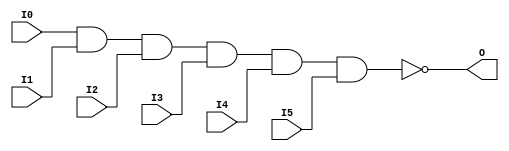

/*

FUNCTION	: 6-INPUT NAND GATE

*/

`timescale  100 ps / 10 ps

`celldefine

module NAND6 (O, I0, I1, I2, I3, I4, I5);


    output O;

    input  I0, I1, I2, I3, I4, I5;

    nand A1 (O, I0, I1, I2, I3, I4, I5);

    specify
	(I0 *> O) = (0, 0);
	(I1 *> O) = (0, 0);
	(I2 *> O) = (0, 0);
	(I3 *> O) = (0, 0);
	(I4 *> O) = (0, 0);
	(I5 *> O) = (0, 0);
    endspecify

endmodule

`endcelldefine